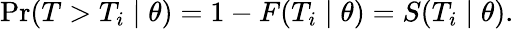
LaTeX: \operatorname*{Pr}(T>T_{i}\mid\theta)=1-F(T_{i}\mid\theta)=S(T_{i}\mid\theta).